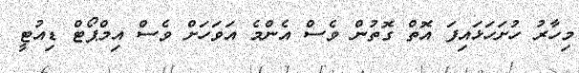
މިހާރު ހުށަހަޅައިފަ އޮތް ގޮތުން ވެސް އެންމެ އަވަހަށް ވެސް އިމްޕޯޓް ޑިއުޓީ